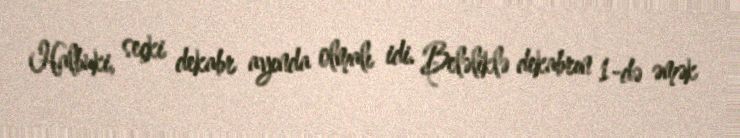
Halbuki, seçki dekabr ayında olmalı idi. Beləliklə dekabrın 1-də əmək